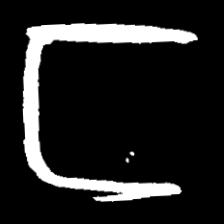
Pyu character \u2014 Myanmar letter: င (romanized: nga)